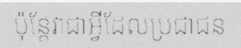
ប៉ុន្តែវាជាអ្វីដែលប្រជាជន